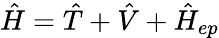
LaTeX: \hat{H}=\hat{T}+\hat{V}+\hat{H}_{ep}